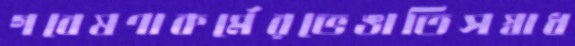
গবেষণাকর্মেরভেঙাতিসস্বাধ